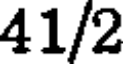
41/2